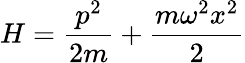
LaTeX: H=\frac{p^{2}}{2m}+\frac{m\omega^{2}x^{2}}{2}